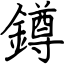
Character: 鐏